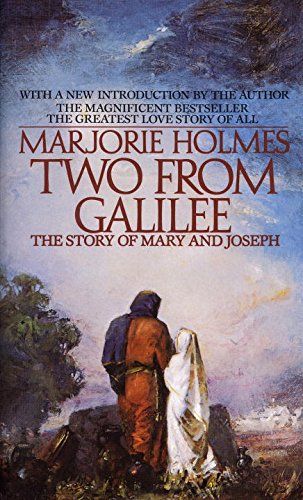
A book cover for Two From Galilee: The Story Of Mary And Joseph; Marjorie Holmes; Christian Books & Bibles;